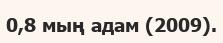
0,8 мың адам (2009).